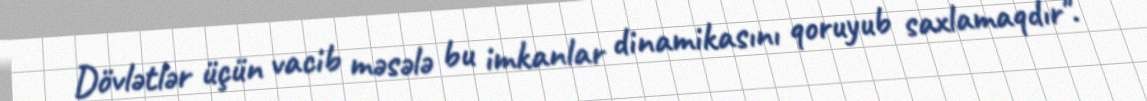
Dövlətlər üçün vacib məsələ bu imkanlar dinamikasını qoruyub saxlamaqdır".